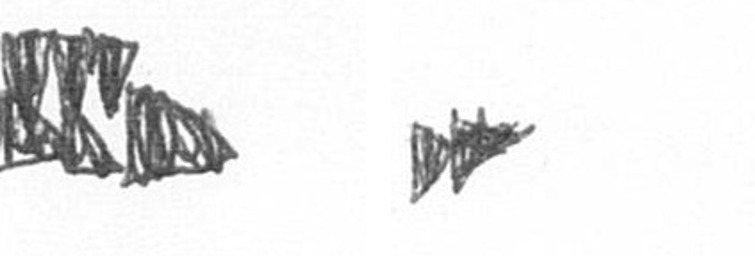
D A